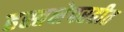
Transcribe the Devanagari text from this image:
हस्तक्षेपरहीत